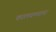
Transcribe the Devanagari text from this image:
कालवण्याचा